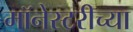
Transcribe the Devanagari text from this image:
मॉनेस्टरीच्या